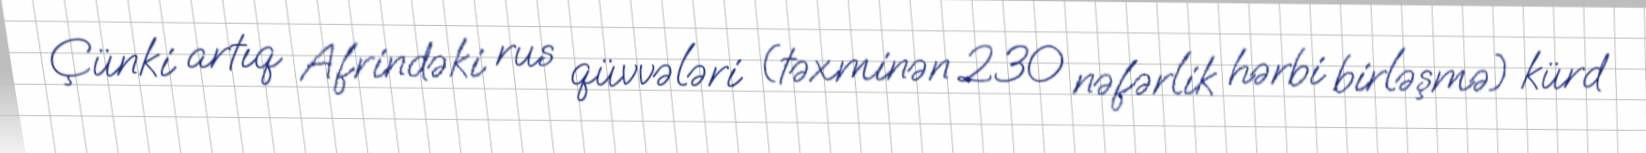
Çünki artıq Afrindəki rus qüvvələri (təxminən 230 nəfərlik hərbi birləşmə) kürd